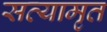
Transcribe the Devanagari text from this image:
सत्यामृत